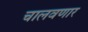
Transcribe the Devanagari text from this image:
चालवणार